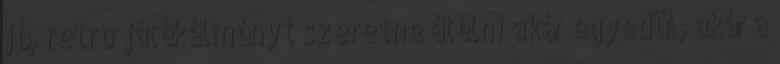
jó, retro játékélményt szeretne átélni akár egyedül, akár a